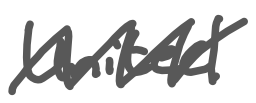
Text: United
Cross-out: zig-zag
Writing tool: digital_gray